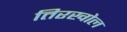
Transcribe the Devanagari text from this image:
तिरखोल